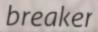
breaker